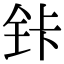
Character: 𰽩